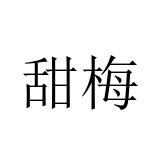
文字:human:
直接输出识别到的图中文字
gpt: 甜梅